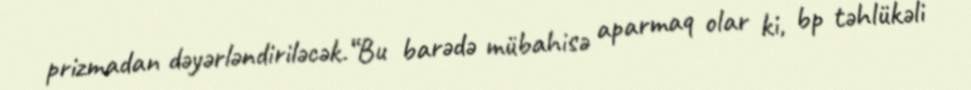
prizmadan dəyərləndiriləcək.“Bu barədə mübahisə aparmaq olar ki, bp təhlükəli